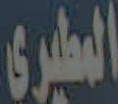
المطيري